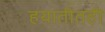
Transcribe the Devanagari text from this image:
हयातीतही